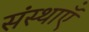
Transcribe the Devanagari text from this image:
संस्थाऍं